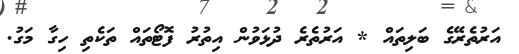
އަރުތެރޭގެ ބަލިތައް * އަރުތެރެ ދުޅަވުން އިތުރު ފޮޓޯތައް ތަކެތި ހިގާ މަގު.